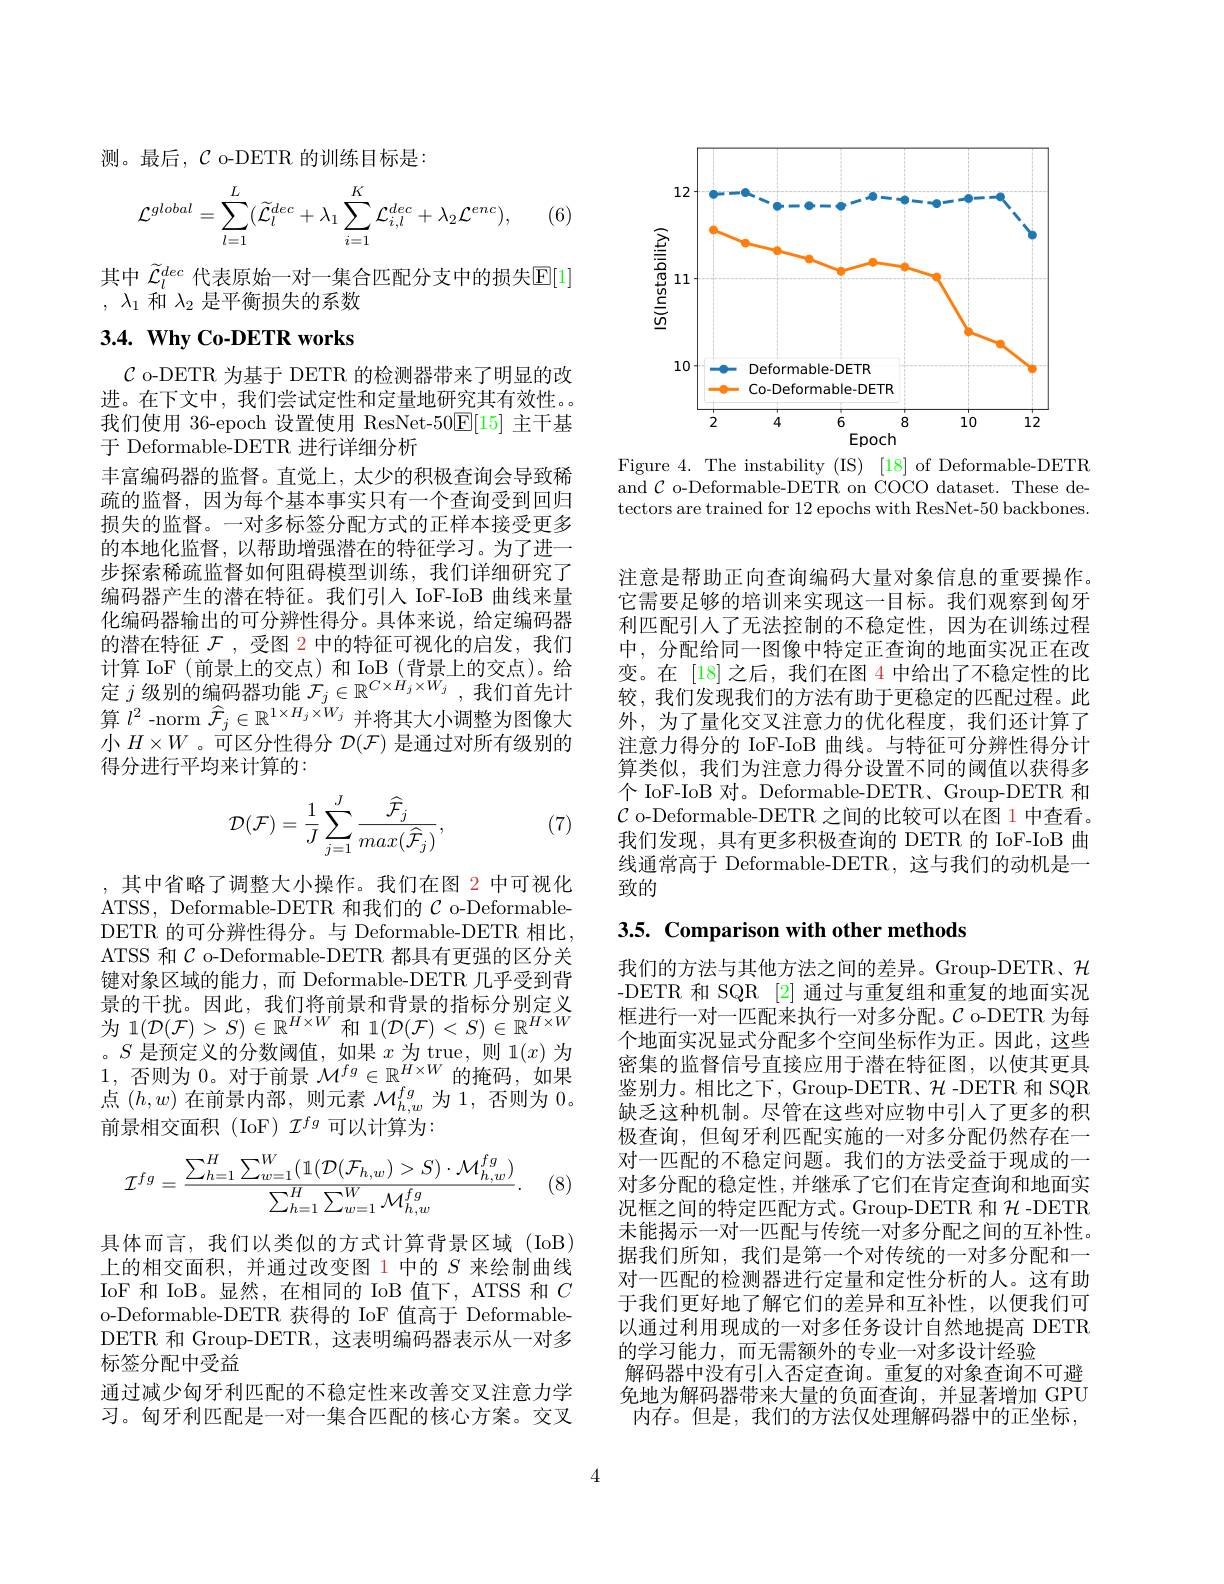
测。最后，$\mathcal{C}$ o-DETR 的训练目标是：
$$\mathcal{L}^{global}=\sum\limits_{l=1}^{L}(\widetilde{\mathcal{L}}_{l}^{dec}+\lambda_{1}\sum\limits_{i=1}^{K}\mathcal{L}_{i,l}^{dec}+\lambda_{2}\mathcal{L}^{enc}),$$
(6)

其中 $\widetilde{\mathcal{L}}_l^{dec}$ 代表原始一对一集合匹配分支中的损失$\mathbb{E}[1]$
, $\lambda _1$和$\lambda_2$是平衡损失的系数

# $3. 4. \textbf{ Why Co- DETR works}$

$\mathcal{C}$ o-DETR 为基于 DETR 的检测器带来了明显的改进。在下文中，我们尝试定性和定量地研究其有效性。。我们使用 36-epoch 设置使用 ResNet-50$\mathbb{E}[15]$主干基于 Deformable-DETR 进行详细分析
丰富编码器的监督。直觉上，太少的积极查询会导致稀疏的监督，因为每个基本事实只有一个查询受到回归损失的监督。一对多标签分配方式的正样本接受更多的本地化监督，以帮助增强潜在的特征学习。为了进一步探索稀疏监督如何阻碍模型训练，我们详细研究了编码器产生的潜在特征。我们引入 IoF-IoB 曲线来量化编码器输出的可分辨性得分。具体来说，给定编码器的潜在特征$\mathcal{F}$ ,受图 2 中的特征可视化的启发，我们计算 IoF (前景上的交点)和 IoB (背景上的交点)。给定 $j$ 级 别 的 编 码 器 功 能 $\mathcal{F} _j\in \mathbb{R} ^{C\times H_j\times W_j}$,我 们 首 先 计算$l^{2}$ -norm $\widehat{\mathcal{F}}_j\in\mathbb{R}^{1\times H_{j}\times W_{j}}$并将其大小调整为图像大小$H\times W$ 。可区分性得分$\mathcal{D}(\mathcal{F})$是通过对所有级别的得分进行平均来计算的：
$$\mathcal{D}(\mathcal{F})=\frac{1}{J}\sum_{j=1}^{J}\frac{\widehat{\mathcal{F}}_{j}}{max(\widehat{\mathcal{F}}_{j})},$$
(7)

,其中省略了调整大小操作。我们在图 2 中可视化ATSS, Deformable-DETR 和我们的$C$ o-DeformableDETR 的可分辨性得分。与 Deformable-DETR 相比， ATSS 和$\mathcal{C}$ o-Deformable-DETR 都具有更强的区分关键对象区域的能力，而 Deformable-DETR 几乎受到背景的干扰。因此，我们将前景和背景的指标分别定义泉 时 「 $\mathcal{D} ( \mathcal{F} ) > S) \in \mathbb{R} ^{H\times W}$和 $\mathcal{1} ( \mathcal{D} ( \mathcal{F} ) < S) \in \mathbb{R} ^{H\times W}$ 。$S$是预定义的分数阈值，如果$x$为 true,则 1$(x)$为1,否则为0。对于前景$\mathcal{M}^fg\in\mathbb{R}^{\acute{H}\times W}$的掩码，如果点$(\bar{h},w)$在前景内部，则元素$\mathcal{M}_h,w^{fg}$为 1, 否则为0。前景相交面积(IoF) $\mathcal{I}^{fg}$可以计算为：
$$\mathcal{I}^{fg}=\frac{\sum_{h=1}^{H}\sum_{w=1}^{W}(\mathbb{1}(\mathcal{D}(\mathcal{F}_{h,w})>S)\cdot\mathcal{M}_{h,w}^{fg})}{\sum_{h=1}^{H}\sum_{w=1}^{W}\mathcal{M}_{h,w}^{fg}}.$$
(8,

具体而言，我们以类似的方式计算背景区域(IoB) 上的相交面积，并通过改变图 1 中的$S$来绘制曲线IoF 和 IoB。显然，在相同的 IoB 值下，ATSS 和$C$ o-Deformable-DETR 获得的 IoF 值高于 DeformableDETR 和 Group-DETR, 这表明编码器表示从一对多标签分配中受益
通过减少匈牙利匹配的不稳定性来改善交叉注意力学习。匈牙利匹配是一对一集合匹配的核心方案。交叉

<FigureHere>

Figure 4. The instability (IS) [18] of Deformable-DETR and $\mathcal{C}$ o-Deformable-DETR on COCO dataset. These detectors are trained for 12 epochs with ResNet-50 backbones.

注意是帮助正向查询编码大量对象信息的重要操作。它需要足够的培训来实现这一目标。我们观察到匈牙利匹配引人了无法控制的不稳定性，因为在训练过程中，分配给同一图像中特定正查询的地面实况正在改变。在[18]之后，我们在图 4 中给出了不稳定性的比较，我们发现我们的方法有助于更稳定的匹配过程。此外，为了量化交叉注意力的优化程度，我们还计算了注意力得分的 IoF-IoB 曲线。与特征可分辨性得分计算类似，我们为注意力得分设置不同的阈值以获得多个 IoF-IoB 对。Deformable-DETR、Group-DETR 和$\mathcal{C}$ o-Deformable-DETR 之间的比较可以在图 1 中查看。我们发现，具有更多积极查询的 DETR 的 IoF-IoB 曲线通常高于 Deformable-DETR,这与我们的动机是一致的

3.5. Comparison with other methods

我们的方法与其他方法之间的差异。Group-DETR、$\mathcal{H}$ -DETR 和 SQR [2] 通过与重复组和重复的地面实况框进行一对一匹配来执行一对多分配。$\mathcal{C}$ o-DETR 为每个地面实况显式分配多个空间坐标作为正。因此，这些密集的监督信号直接应用于潜在特征图，以使其更具鉴别力。相比之下，Group-DETR、$\mathcal{H}$-DETR 和 SQR 缺乏这种机制。尽管在这些对应物中引人了更多的积极查询，但匈牙利匹配实施的一对多分配仍然存在一对一匹配的不稳定问题。我们的方法受益于现成的一对多分配的稳定性，并继承了它们在肯定查询和地面实况框之间的特定匹配方式。Group-DETR 和$\mathcal{H}$ -DETR 未能揭示一对一匹配与传统一对多分配之间的互补性。据我们所知，我们是第一个对传统的一对多分配和一对一匹配的检测器进行定量和定性分析的人。这有助于我们更好地了解它们的差异和互补性，以便我们可以通过利用现成的一对多任务设计自然地提高 DETR 的学习能力，而无需额外的专业一对多设计经验
解码器中没有引人否定查询。重复的对象查询不可避免地为解码器带来大量的负面查询，并显著增加 GPU 内存。但是，我们的方法仅处理解码器中的正坐标，

4